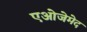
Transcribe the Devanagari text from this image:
एओजेमेद